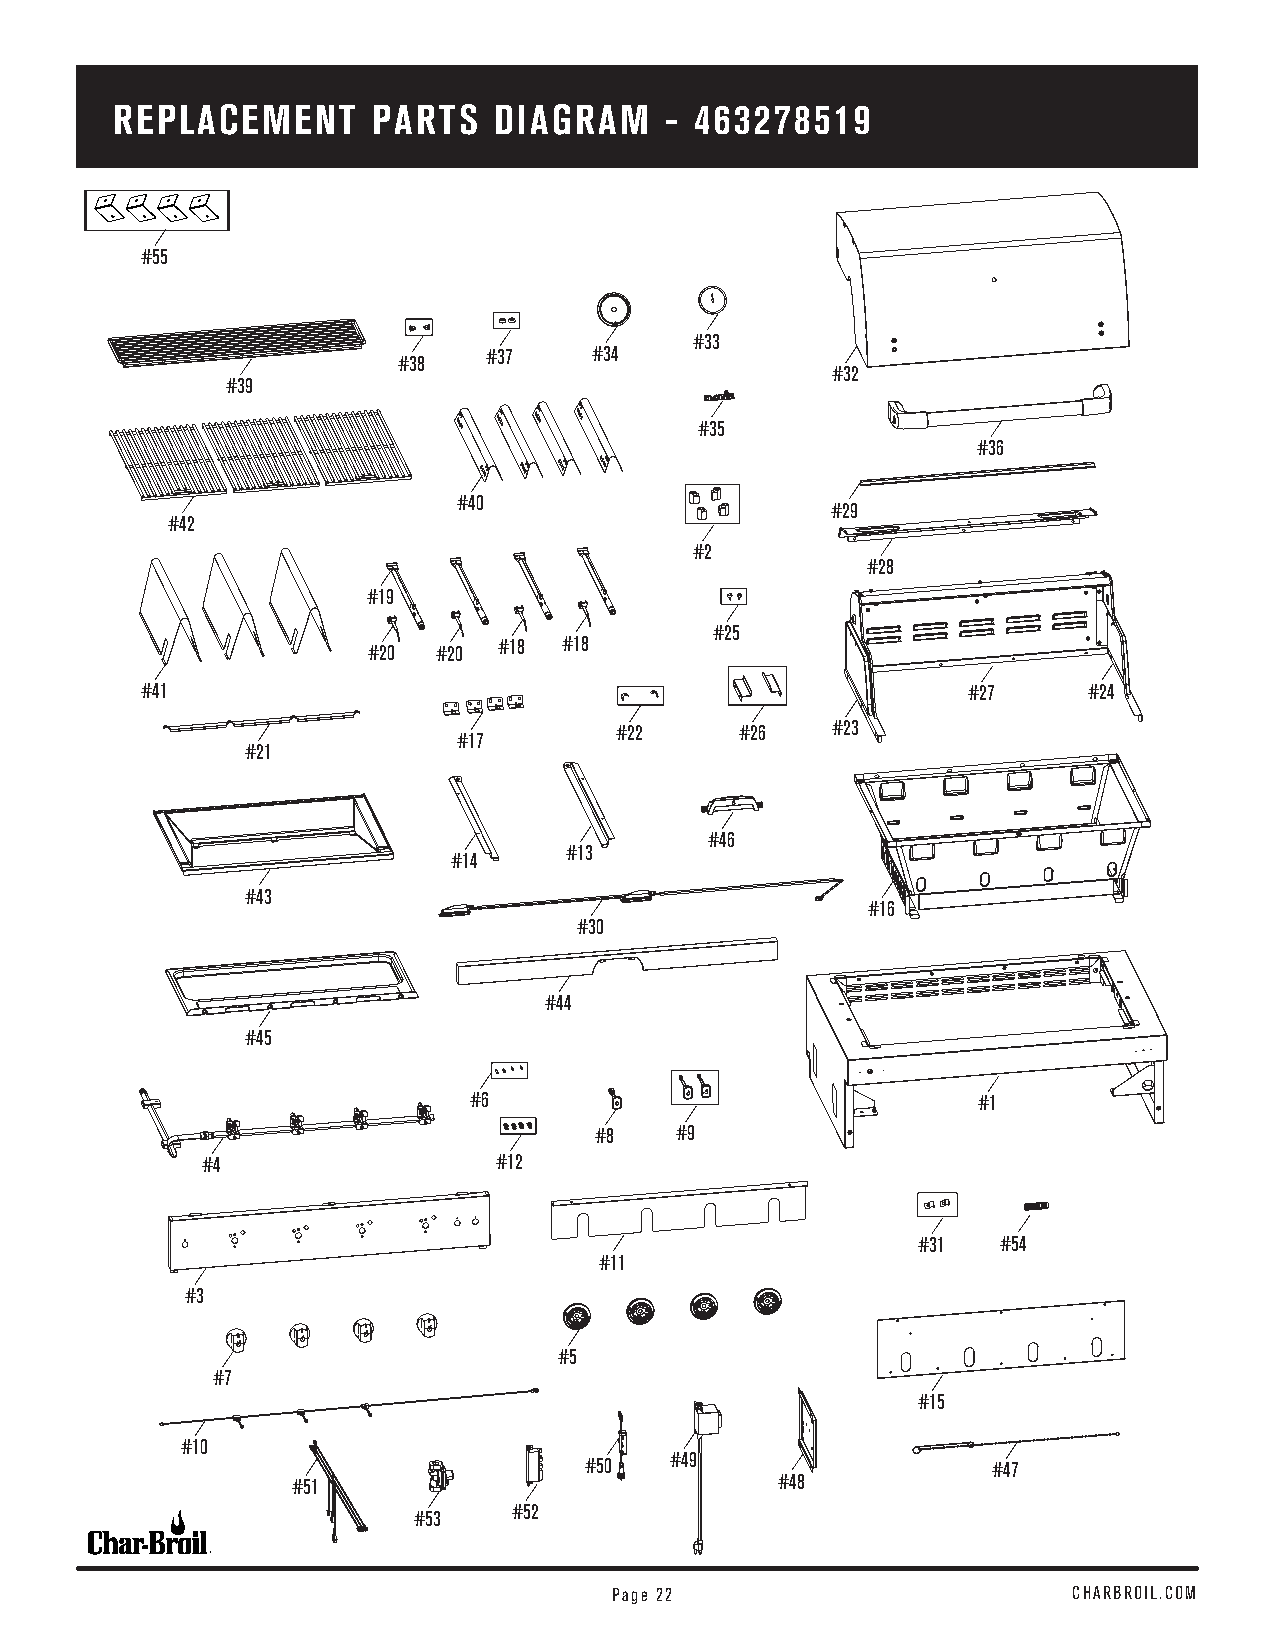
ARSESPELAMCBELMYENT PARTS DIAGRAM    - 463278519
 #55
 #33
 #37    #34
 #38
 #32
 #39
 #35
 #36
 #40
 #29
 #42
 #2
 #28
 #19
 #25
 #20  #20 #18 #18
 #41                                                    #27     #24
 #22     #26   #23
 #17
 #21
 #46
 #13
 #14
 #43
 #16
 #30
 #44
 #45
 #6                                #1
 #8    #9
 #4                  #12
 #31  #54
 #11
 #3
 #5
 #7
 #15
 #10
 #50  #49                   #47
 #51                              #48
 #52
 #53
 PPaaggee 2222                 CCHHAARRBBRROOIILL..CCOOMM